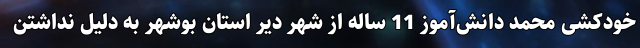
خودکشی محمد دانش‌آموز 11 ساله از شهر دیّر استان بوشهر به دلیل نداشتن